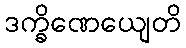
ဒက္ခိဏေယျေတိ